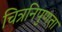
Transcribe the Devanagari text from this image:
चित्रनिपुणता